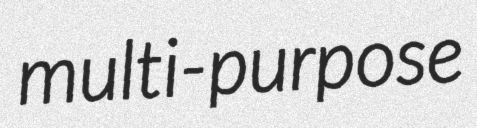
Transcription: multi-purpose